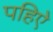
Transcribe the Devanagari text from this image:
पहिऐ